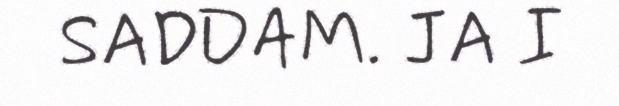
SADDAM. JA I